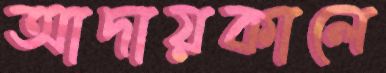
আদায়কালে